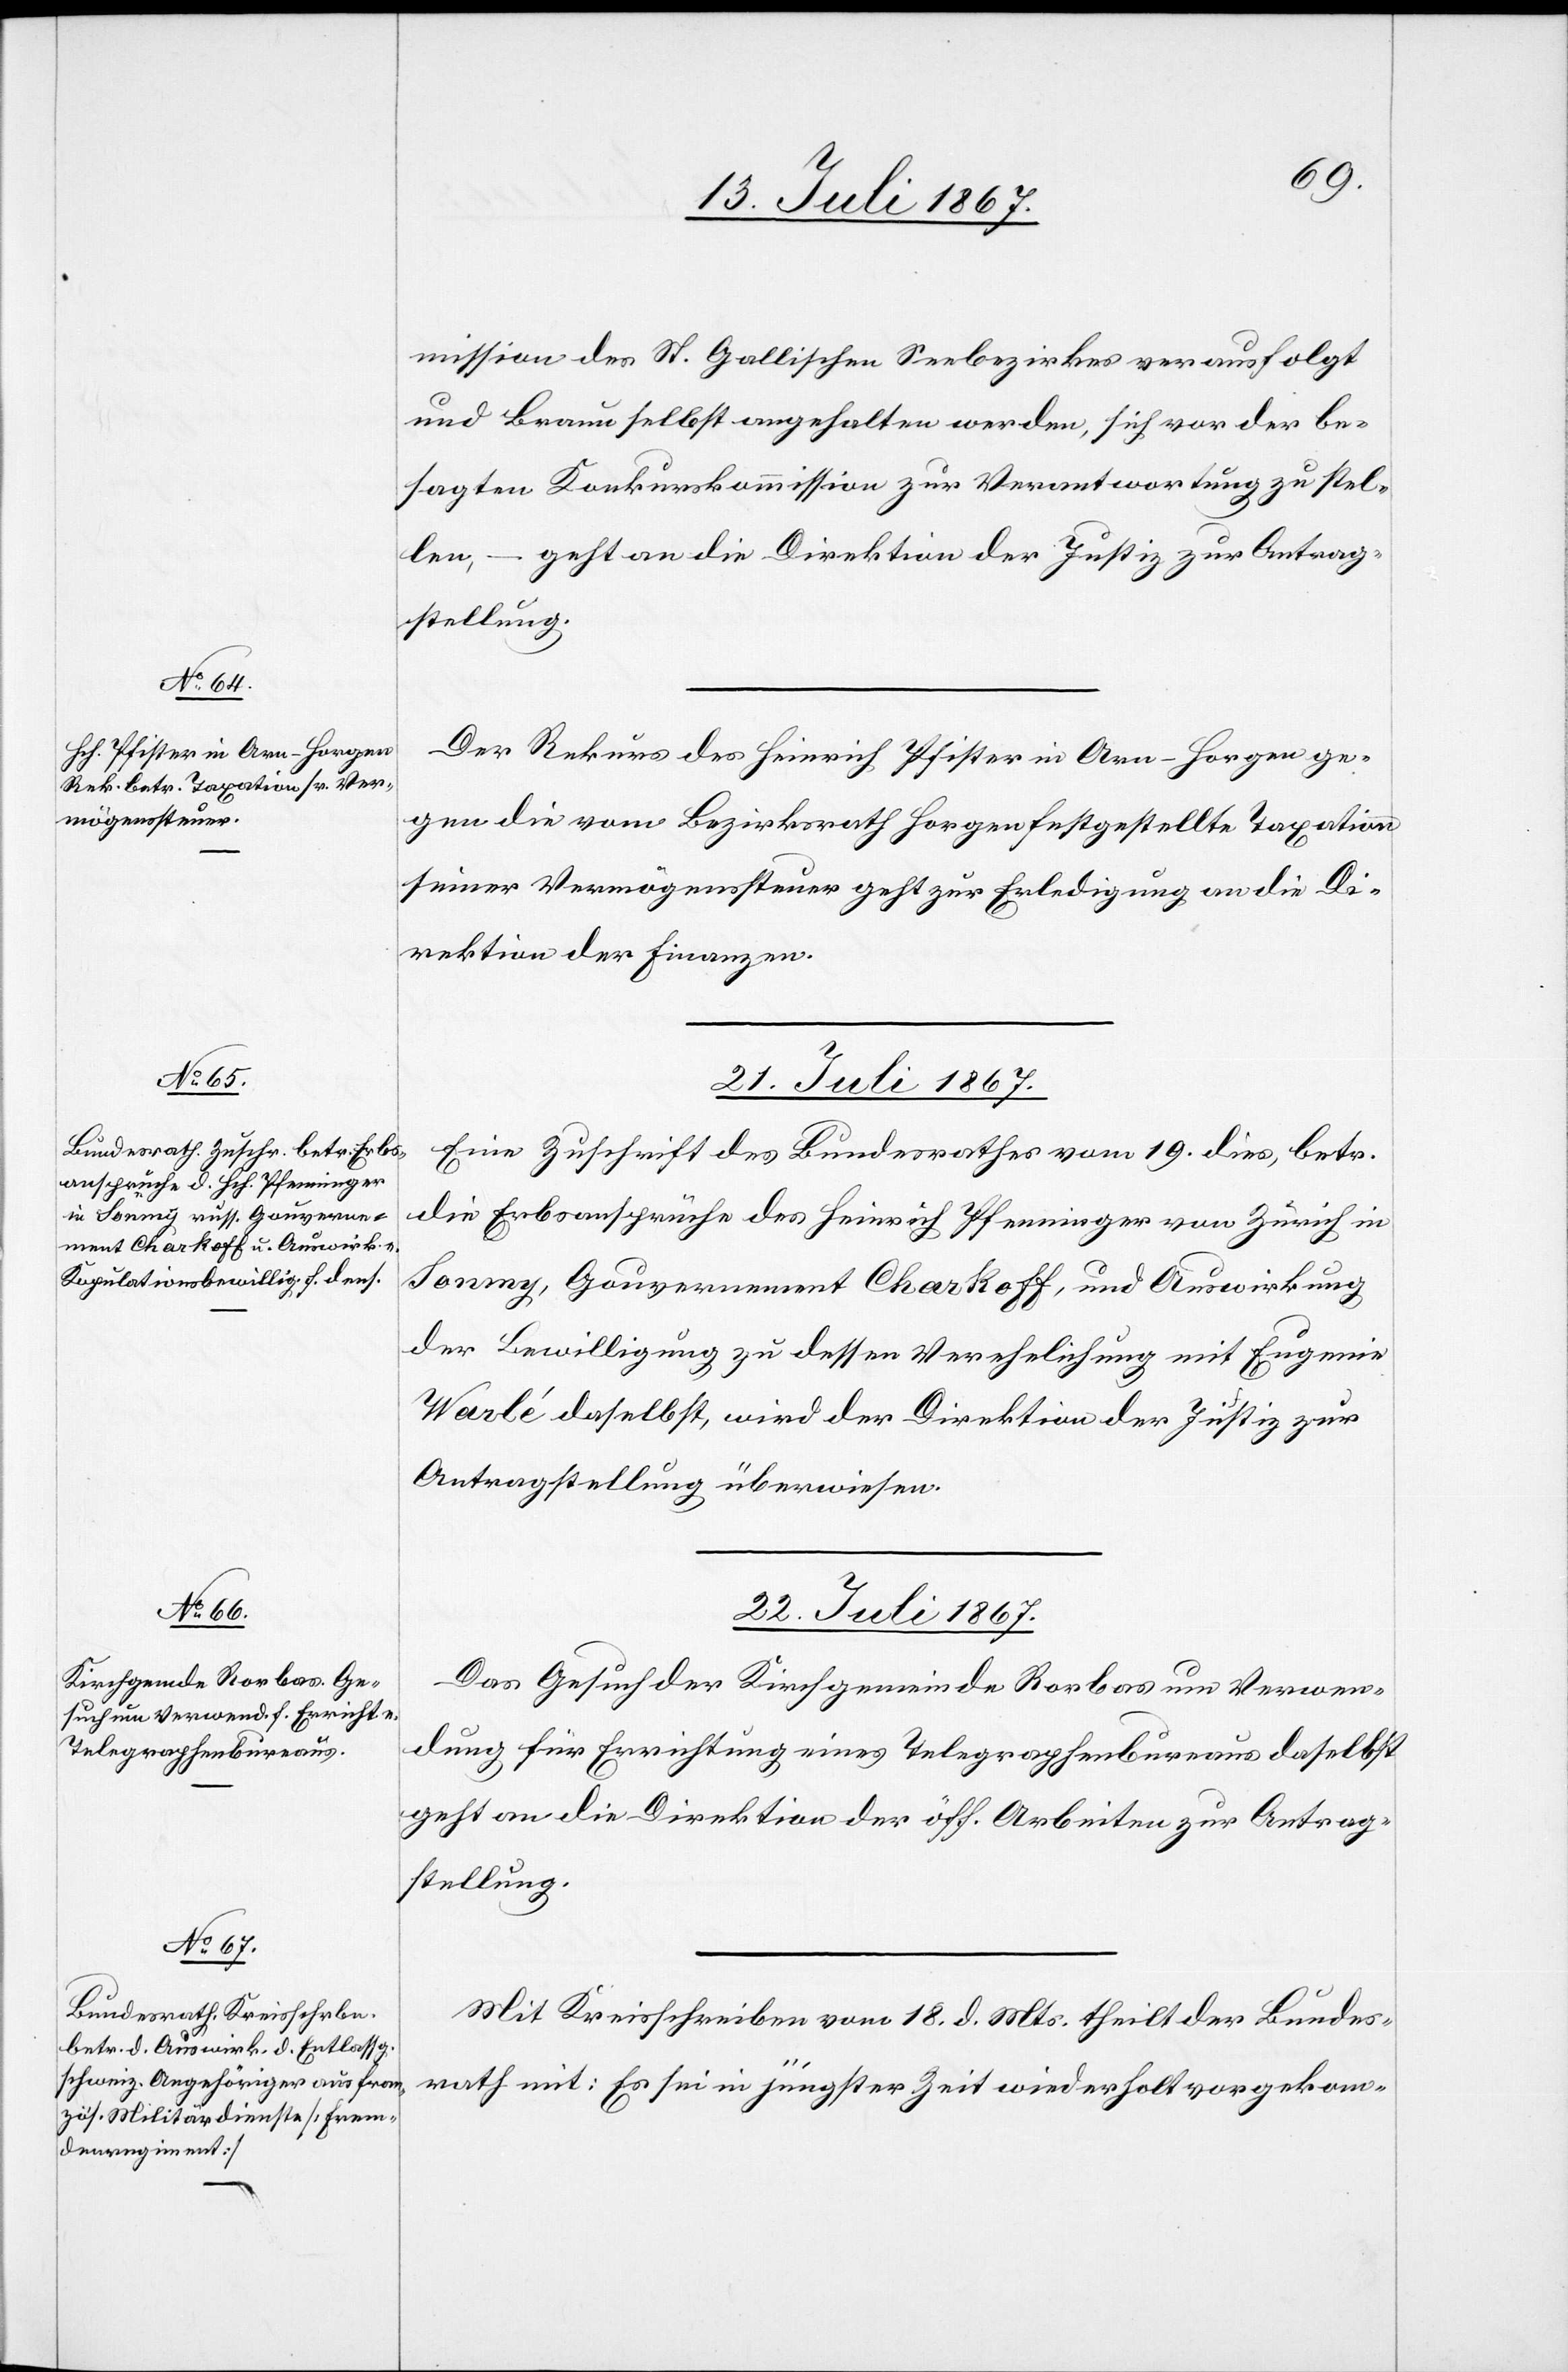
mission des St. Gallischen Seebezirkes verausfolgt
und Braun selbst angehalten werden, sich vor der be¬
sagten Konkurskommission zur Verantwortung zu stel¬
len, – geht an die Direktion der Justiz zur Antrag¬
stellung.
Der Rekurs des Heinrich Pfister in Arn-Horgen ge¬
gen die vom Bezirksrath Horgen festgestellte Taxation
seiner Vermögenssteuer geht zur Erledigung an die Di¬
rektion der Finanzen.
Eine Zuschrift des Bundesrathes vom 19. dies, betr.
die Erbsansprüche des Heinrich Pfenninger von Zürich in
Sonmy, Gouvernement Charkoff, und Auswirkung
der Bewilligung zu dessen Verehlichung mit Eugenie
Warlé daselbst, wird der Direktion der Justiz zur
Antragstellung überwiesen.
22. Juli 1867.]
Das Gesuch der Kirchgemeinde Rorbas um Verwen¬
dung für Errichtung eines Telegraphenbureaus daselbst
geht an die Direktion der öff. Arbeiten zur Antrag¬
stellung.
Mit Kreisschreiben vom 18. d. Mts. theilt der Bundes¬
rath mit: Es sei in jüngster Zeit wiederholt vorgekom-